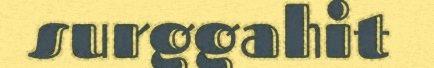
surggahit